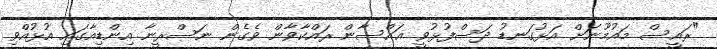
"ރައީސް މައުމޫނަށް އަޅުގަނޑު ދަސްފުޅުވީ ޣައްސާން ރައްކާވާން ވެގެން ނަސްރީނާ އިންޑިއާގައި އުޅުއްވި